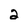
Character: 2